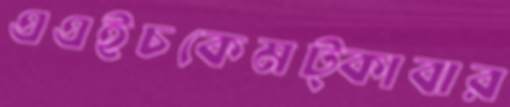
এএইচকেমট্‌কাবার